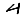
Digit: 4